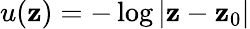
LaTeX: u(\mathbf{z})=-\log|\mathbf{z}-\mathbf{z}_{0}|